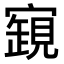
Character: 𧡧